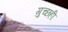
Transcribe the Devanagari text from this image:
गुच्छही